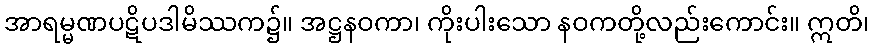
အာရမ္မဏပဋိပဒါမိဿက၌။ အဋ္ဌနဝကာ၊ ကိုးပါးသော နဝကတို့လည်းကောင်း။ ဣတိ၊